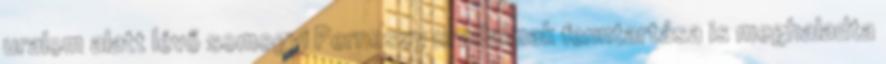
uralom alatt lévő somogyi Perneszy uradalmak fenntartása is meghaladta